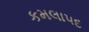
કમલાપદ